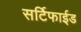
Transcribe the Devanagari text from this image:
सर्टिफाईड